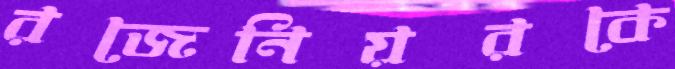
রজেনিয়রকে